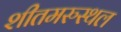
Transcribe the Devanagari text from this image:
शीतमरुस्थल